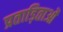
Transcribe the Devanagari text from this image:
प्रताड़िताओं